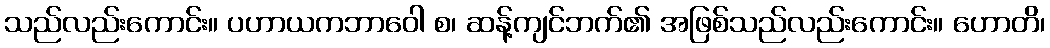
သည်လည်းကောင်း။ ပဟာယကဘာဝေါ စ၊ ဆန့်ကျင်ဘက်၏ အဖြစ်သည်လည်းကောင်း။ ဟောတိ၊